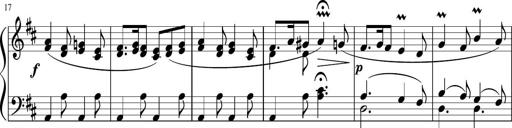
Title: 12 Keyboard Sonatinas
Composer: James Hook